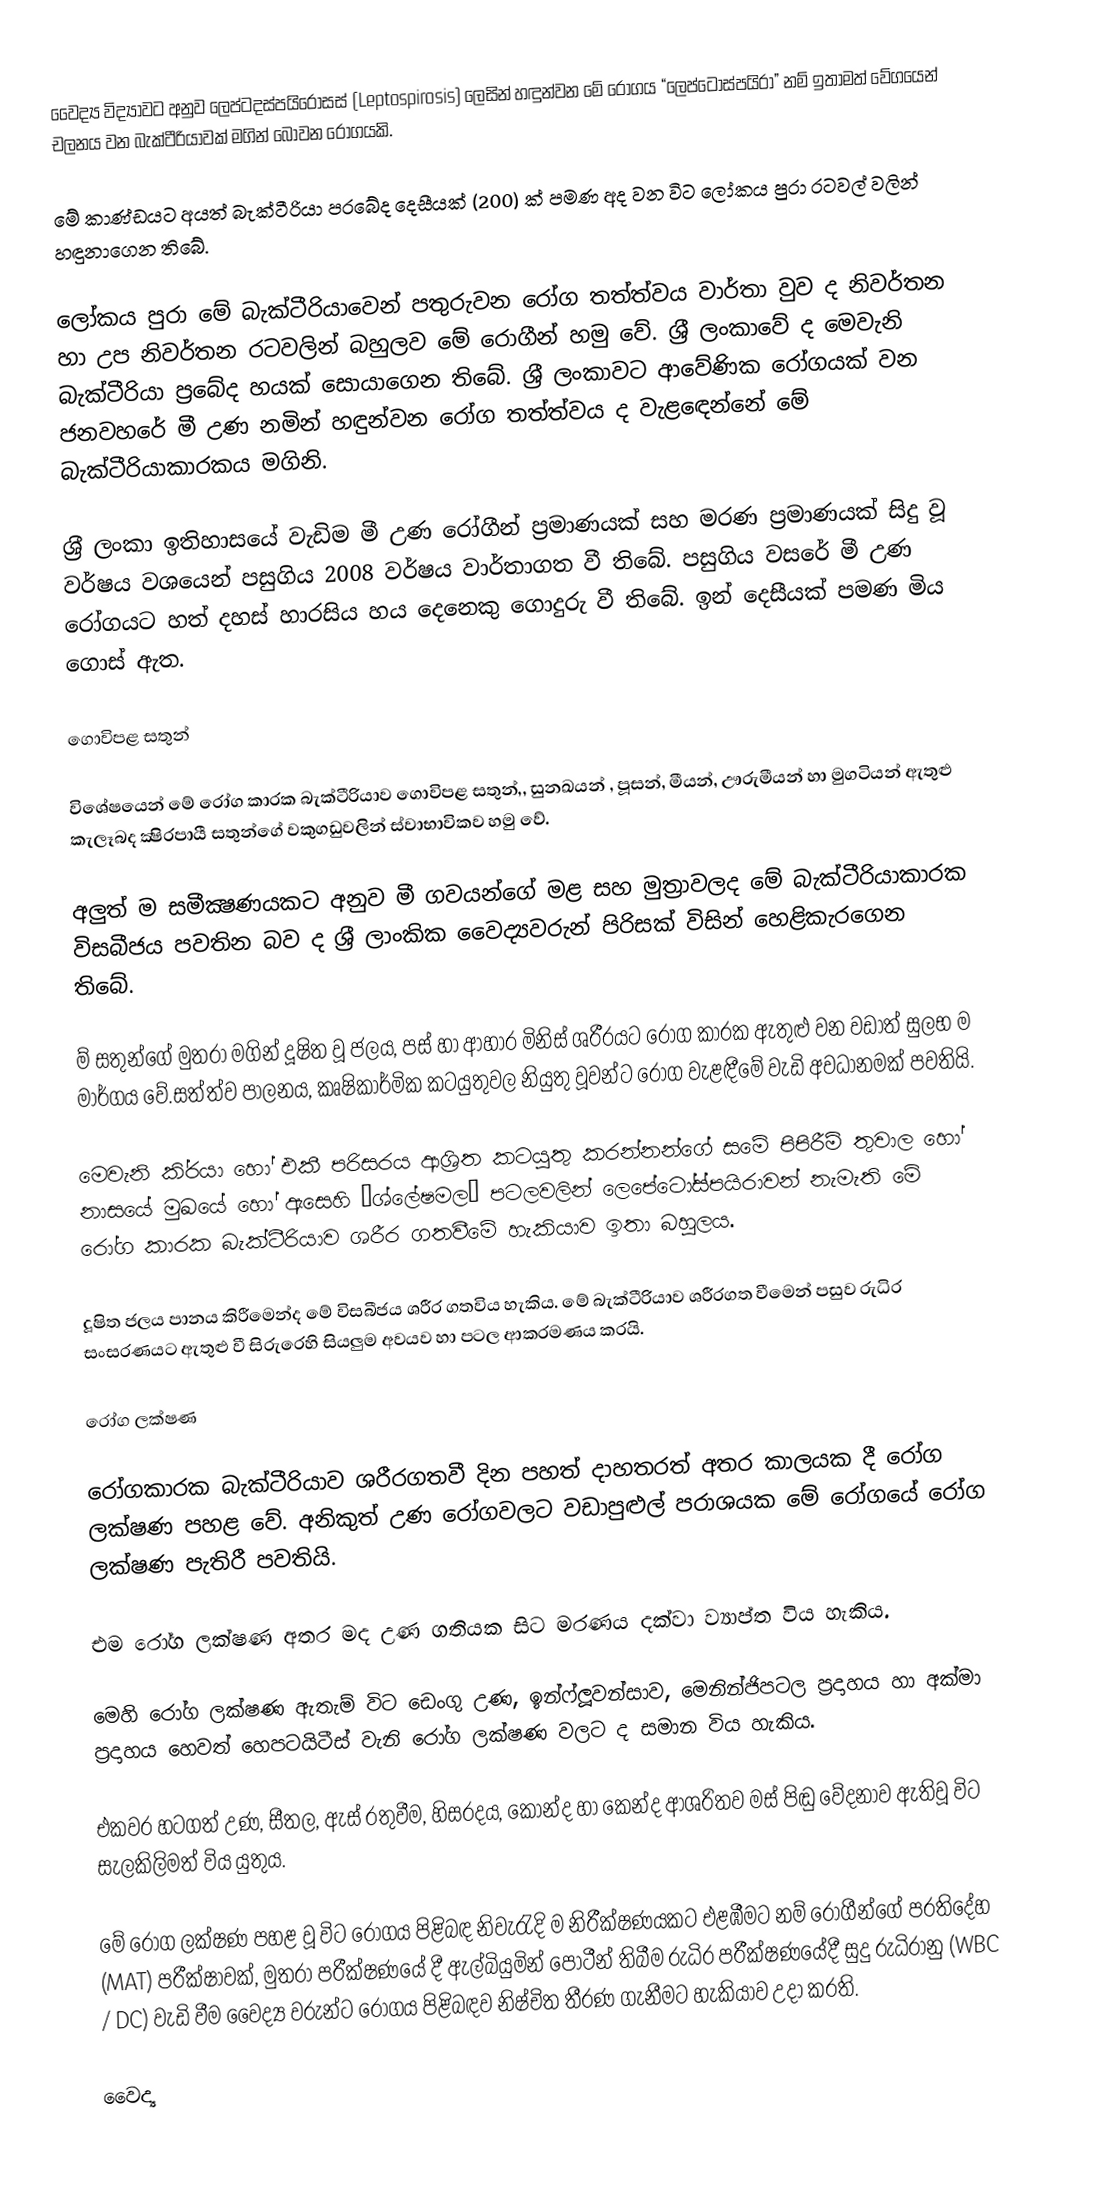
වෛද්‍ය විද්‍යාවට අනුව ලෙප්ටදස්පයිරෝසස් (Leptospirosis) ලෙසින් හඳුන්වන මේ රෝගය “ලෙප්ටෝස්පයිරා” නම් ඉතාමත් වේගයෙන් චලනය වන බැක්ටීරියාවක් මගින් බෝවන රෝගයකි.

මේ කාණ්ඩයට අයත් බැක්ටීරියා ප‍්‍රබේද දෙසීයක් (200) ක් පමණ අද වන විට ලෝකය පුරා රටවල් වලින් හඳුනාගෙන තිබේ.

ලෝකය පුරා මේ බැක්ටීරියාවෙන් පතුරුවන රෝග තත්ත්වය වාර්තා වුව ද නිවර්තන හා උප නිවර්තන රටවලින් බහුලව මේ රොගීන් හමු වේ. ශ‍්‍රී ලංකාවේ ද මෙවැනි බැක්ටීරියා ප‍්‍රබේද හයක් සොයාගෙන තිබේ. ශ‍්‍රී ලංකාවට ආවේණික රෝගයක් වන ජනවහරේ මී උණ නමින් හඳුන්වන රෝග තත්ත්වය ද වැළඳෙන්නේ මේ බැක්ටීරියාකාරකය මගිනි.

ශ‍්‍රී ලංකා ඉතිහාසයේ වැඩිම මී උණ රෝගීන් ප‍්‍රමාණයක් සහ මරණ ප‍්‍රමාණයක් සිදු වූ වර්ෂය වශයෙන් පසුගිය 2008 වර්ෂය වාර්තාගත වී තිබේ. පසුගිය වසරේ මී උණ රෝගයට හත් දහස් හාරසිය හය දෙනෙකු ගොදුරු වී තිබේ. ඉන් දෙසීයක් පමණ මිය ගොස් ඇත.

ගොවිපළ සතුන්

විශේෂයෙන් මේ රෝග කාරක බැක්ටීරියාව ගොවිපළ සතුන්,, සුනඛයන් , පූසන්, මීයන්, ඌරුමීයන් හා මුගටියන් ඇතුළු කැලෑබද ක්‍ෂිරපායී සතුන්ගේ වකුගඩුවලින් ස්වාභාවිකව හමු වේ.

අලුත් ම සමීක්‍ෂණයකට අනුව මී ගවයන්ගේ මළ සහ මුත‍්‍රාවලද මේ බැක්ටීරියාකාරක විසබීජය පවතින බව ද ශ‍්‍රී ලාංකික වෛද්‍යවරුන් පිරිසක් විසින් හෙළිකැරගෙන තිබේ.

ම් සතුන්ගේ මුත‍්‍රා මගින් දූෂිත වූ ජලය, පස් හා ආහාර මිනිස් ශරීරයට රෝග කාරක ඇතුළු වන වඩාත් සුලභ ම මාර්ගය වේ.සත්ත්ව පාලනය, කෘෂිකාර්මික කටයුතුවල නියුතු වූවන්ට රෝග වැළඳීමේ වැඩි අවධානමක් පවතියි.

මෙවැනි කි‍්‍රයා හෝ එකී පරිසරය ආශ‍්‍රිත කටයුතු කරන්නන්ගේ සමේ පිපිරීම් තුවාල හෝ නාසයේ මුඛයේ හෝ ඇසෙහි “ශ්ලේෂමල” පටලවලින් ලෙපේටෝස්පයිරාවන් නැමැති මේ රෝග කාරක බැක්ටීරියාව ශරීර ගතවීමේ හැකියාව ඉතා බහුලය.

දූෂිත ජලය පානය කිරීමෙන්ද මේ විසබීජය ශරීර ගතවිය හැකිය. මේ බැක්ටීරියාව ශරීරගත වීමෙන් පසුව රුධිර සංසරණයට ඇතුළු වී සිරුරෙහි සියලුම අවයව හා පටල ආක‍්‍රමණය කරයි.

රෝග ලක්ෂණ

රෝගකාරක බැක්ටීරියාව ශරීරගතවී දින පහත් දාහතරත් අතර කාලයක දී රෝග ලක්ෂණ පහළ වේ. අනිකුත් උණ රෝගවලට වඩාපුළුල් පරාශයක මේ රෝගයේ රෝග ලක්ෂණ පැතිරී පවතියි.

එම රෝග ලක්ෂණ අතර මද උණ ගතියක සිට මරණය දක්වා ව්‍යාප්ත විය හැකිය.

මෙහි රෝග ලක්ෂණ ඇතැම් විට ඩෙංගු උණ, ඉන්ෆ්ලූවන්සාව, මෙනින්ජිපටල ප‍්‍රදාහය හා අක්මා ප‍්‍රදාහය හෙවත් හෙපටයිටීස් වැනි රෝග ලක්ෂණ වලට ද සමාන විය හැකිය.

එකවර හටගත් උණ, සීතල, ඇස් රතුවීම, හිසරදය, කොන්ද හා කෙන්ද ආශ‍්‍රිතව මස් පිඬු වේදනාව ඇතිවූ විට සැලකිලිමත් විය යුතුය.

මේ රෝග ලක්ෂණ පහළ වූ විට රෝගය පිළිබඳ නිවැරැදි ම නිරීක්ෂණයකට එළඹීමට නම් රෝගීන්ගේ ප‍්‍රතිදේහ (MAT) පරීක්ෂාවක්, මුත‍්‍රා පරීක්ෂණයේ දී ඇල්බියුමින් පෝටීන් තිබීම රුධිර පරීක්ෂණයේදී සුදු රුධිරානු (WBC / DC) වැඩි වීම වෛද්‍ය වරුන්ට රෝගය පිළිබඳව නිෂ්චිත තීරණ ගැනීමට හැකියාව උදා කරති.

වෛද්‍ය